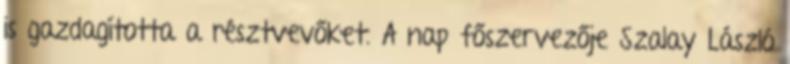
is gazdagította a résztvevőket. A nap főszervezője Szalay László